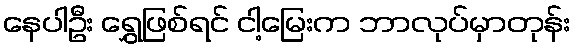
နေပါဦး ရွှေဖြစ်ရင် ငါ့မြေးက ဘာလုပ်မှာတုန်း